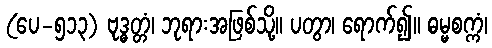
(ပေ-၅၁၃) ဗုဒ္ဓတ္တံ၊ ဘုရားအဖြစ်သို့။ ပတွာ၊ ရောက်၍။ ဓမ္မစက္ကံ၊